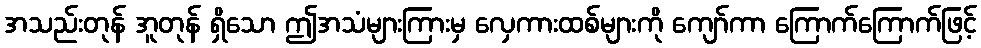
အသည်းတုန် အူတုန် ရှိသော ဤအသံများကြားမှ လှေကားထစ်များကို ကျော်ကာ ကြောက်ကြောက်ဖြင့်